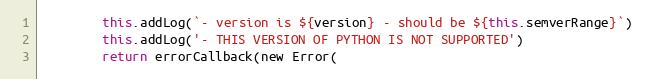
Language: JavaScript
        this.addLog(`- version is ${version} - should be ${this.semverRange}`)
        this.addLog('- THIS VERSION OF PYTHON IS NOT SUPPORTED')
        return errorCallback(new Error(